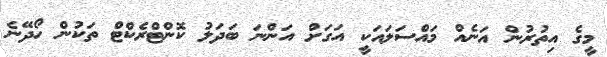
މީގެ އިތުރުން އަނެއް މައްސަލައަކީ އަގަށް އަންނަ ބަދަލު ކޮންޓްރެކްޓް ތަކުން ހޯދޭނެ